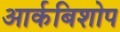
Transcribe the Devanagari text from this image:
आर्कबिशोप